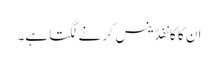
ان کا کانفڈینس گرنے لگتا ہے۔